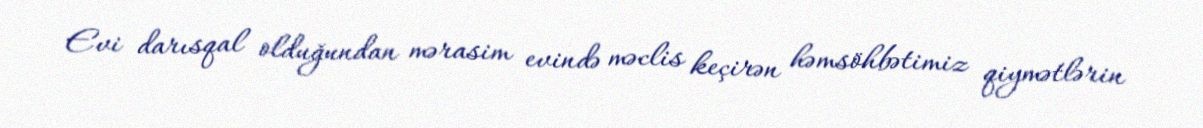
Evi darısqal olduğundan mərasim evində məclis keçirən həmsöhbətimiz qiymətlərin